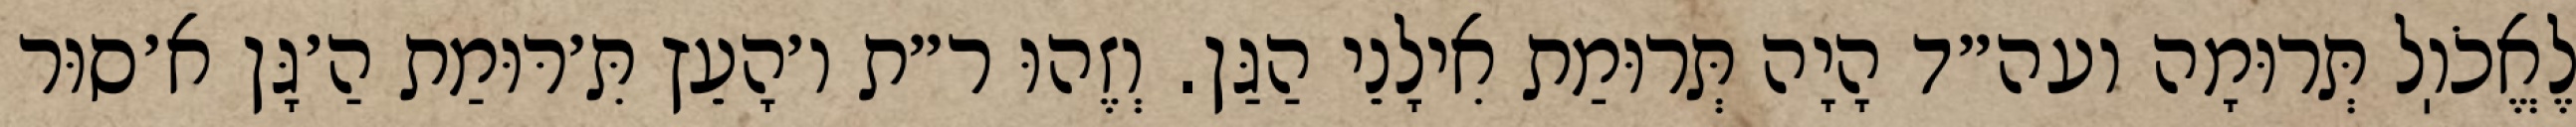
לֶאֱכֹוֽל תְּרוּמָה ועה״ד הָיָה תְּרוּמַת אִילָנֵי הַגַּן. וְזֶהוּ ר״ת ו׳הָעֵץ תִּ׳רּוּמַת הַ׳גָּן א׳סוּר